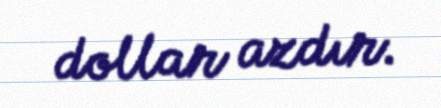
dollar azdır.